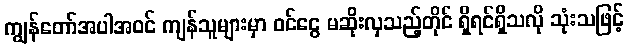
ကျွန်တော်အပါအဝင် ကျန်သူများမှာ ဝင်ငွေ မဆိုးလှသည့်တိုင် ရှိရင်ရှိသလို သုံးသဖြင့်